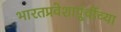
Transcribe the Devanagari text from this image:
भारतप्रवेशापूंर्वीच्या